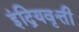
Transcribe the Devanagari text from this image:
इंद्रियवृत्ती